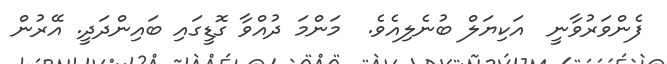
ފެންވަރުވާނީ  އަކިޔަލް ބުނެލިއެވެ.  މަންމަ ދުއްވާ ގޮޑީގައި ބައިންދަދީ. އޭރުން